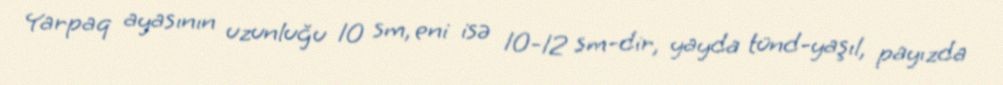
Yarpaq ayasının uzunluğu 10 sm, eni isə 10-12 sm-dir, yayda tünd-yaşıl, payızda